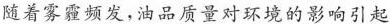
随着雾霾频发，油品质量对环境的影响引起